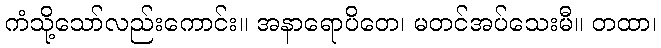
ကံသို့သော်လည်းကောင်း။ အနာရောပိတေ၊ မတင်အပ်သေးမီ။ တထာ၊